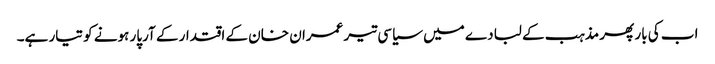
اب کی بار پھر مذہب کے لبادے میں سیاسی تیر عمران خان کے اقتدار کے آرپار ہونے کو تیار ہے۔